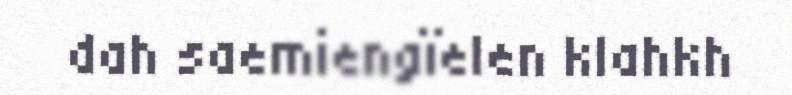
dah saemiengïelen klahkh